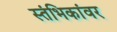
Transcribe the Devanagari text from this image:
स्तंभिकांवर